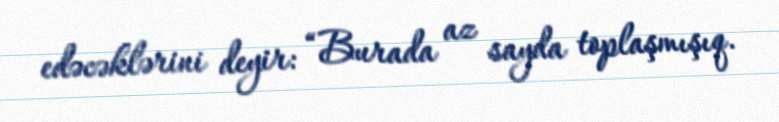
edəcəklərini deyir: “Burada az sayda toplaşmışıq.